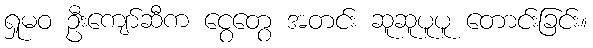
ရှုမဝ ဦးကျော်ဆီက ငွေတွေ အတင်း ဆူဆူပူပူ တောင်းခြင်း။